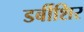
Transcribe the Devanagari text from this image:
डर्बीशिर